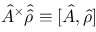
\hat { { A } } ^ { \times } \hat { { \hat { \rho } } } \equiv [ \hat { { A } } , { \hat { \rho } } ]